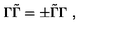
\Gamma \tilde { \Gamma } = \pm \tilde { \Gamma } \Gamma \ ,